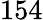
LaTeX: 154